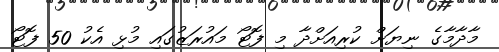
މާދާމާގެ ނިޔަށް ކުރިއަށްދާ މި ފޮޓޯ މައުރަޒުގައި މުޅި އެކު 50 ފޮޓޯ